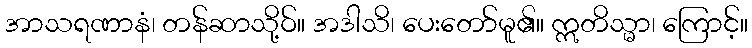
အာသရဏာနံ၊ တန်ဆာသို့ဝ်။ အဒါသိ၊ ပေးတော်မူ၏။ ဣတိသ္မာ၊ ကြောင့်။